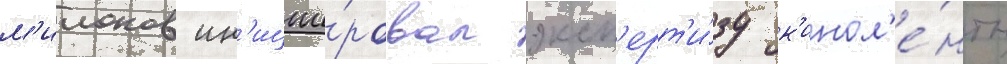
м'илонов ин'иции́ровал эксп'ерт'и́зу к'инол'е́нты